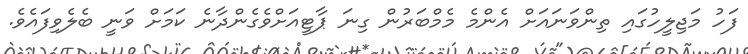
ފަހު މަޖިލީހުގައި ތިންވަނައަށް އެންމެ މެމްބަރުން ގިނަ ޕާޓީއަށްވެގެންދާނެ ކަމަށް ވަނީ ބެލެވިފައެވެ.